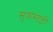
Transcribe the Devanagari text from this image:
सूत्रासाठी